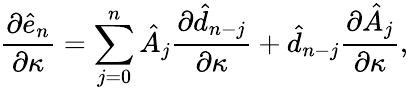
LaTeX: \frac{\partial\hat{e}_{n}}{\partial\kappa}=\sum_{j=0}^{n}\hat{A}_{j}\frac{\partial\hat{d}_{n-j}}{\partial\kappa}+\hat{d}_{n-j}\frac{\partial\hat{A}_{j}}{\partial\kappa},